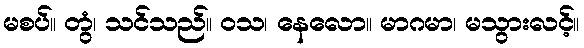
မစပ်။ တွံ၊ သင်သည်။ ဝသ၊ နေလော။ မာဂမာ၊ မသွားလင့်။